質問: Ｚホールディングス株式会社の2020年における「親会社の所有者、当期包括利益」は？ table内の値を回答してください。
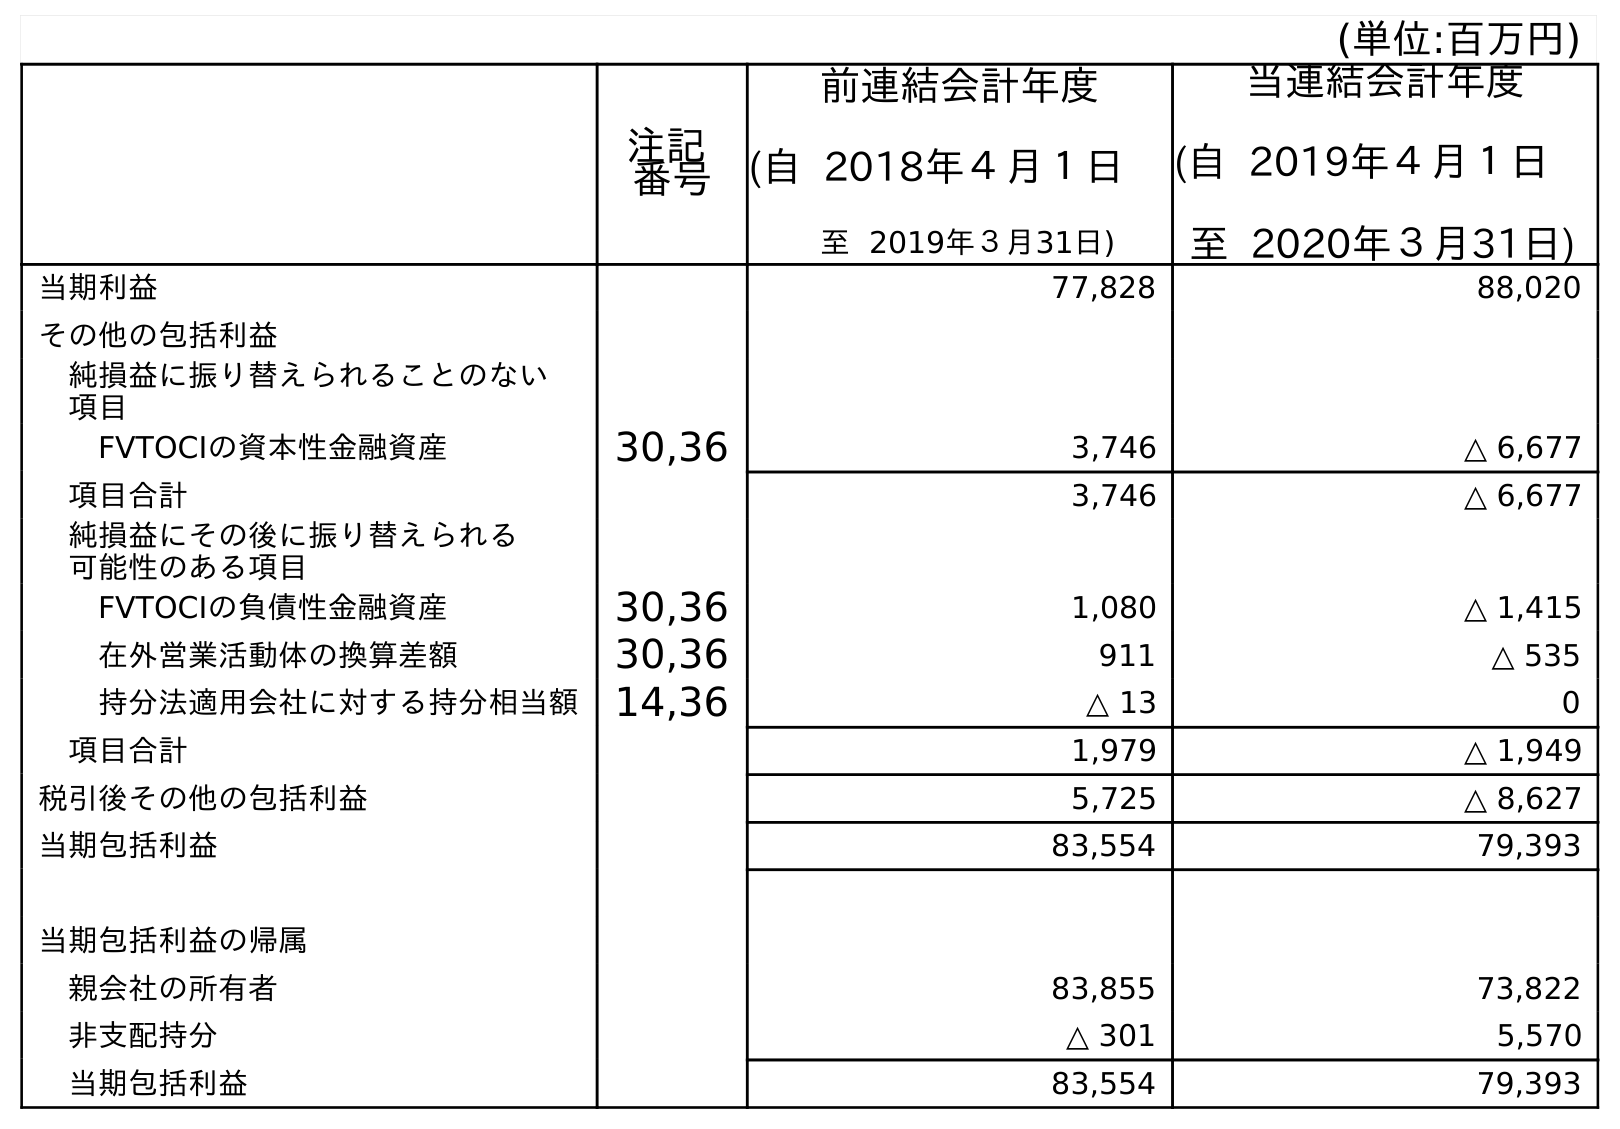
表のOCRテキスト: (単位:百万円) 注記 番号 前連結会計年度 (自 2018年４月１日 至 2019年３月31日) 当連結会計年度 (自 2019年４月１日 至 2020年３月31日) 当期利益 77,828 88,020 その他の包括利益 純損益に振り替えられることのない 項目 FVTOCIの資本性金融資産 30,36 3,746 △ 6,677 項目合計 3,746 △ 6,677 純損益にその後に振り替えられる 可能性のある項目 FVTOCIの負債性金融資産 30,36 1,080 △ 1,415 在外営業活動体の換算差額 30,36 911 △ 535 持分法適用会社に対する持分相当額 14,36 △ 13 0 項目合計 1,979 △ 1,949 税引後その他の包括利益 5,725 △ 8,627 当期包括利益 83,554 79,393 当期包括利益の帰属 親会社の所有者 83,855 73,822 非支配持分 △ 301 5,570 当期包括利益 83,554 79,393
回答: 73,822